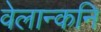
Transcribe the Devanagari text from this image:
वेलान्कनि